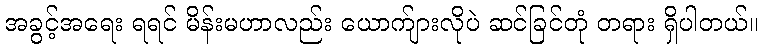
အခွင့်အရေး ရရင် မိန်းမဟာလည်း ယောက်ျားလိုပဲ ဆင်ခြင်တုံ တရား ရှိပါတယ်။